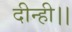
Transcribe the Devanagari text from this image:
दीन्ही।।